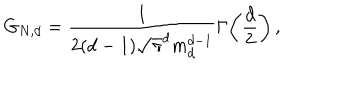
LaTeX: G _ { N , d } = \frac { 1 } { 2 ( d - 1 ) \sqrt { \pi } ^ { d } m _ { d } ^ { d - 1 } } \Gamma \! \left( \frac { d } { 2 } \right) ,